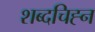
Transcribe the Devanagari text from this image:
शब्दचिह्न